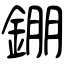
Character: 錋